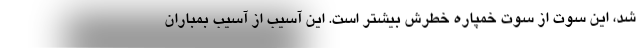
شد، ‌این سوت از سوت خمپاره خطرش بیشتر است. این آسیب از آسیب بمباران